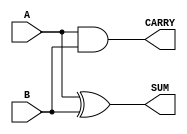
`timescale 1ns / 1ps

module half_adder(
    input A,
    input B,
    output SUM,
    output CARRY
    );
    assign SUM = A^B;
    assign CARRY = A&B;
endmodule